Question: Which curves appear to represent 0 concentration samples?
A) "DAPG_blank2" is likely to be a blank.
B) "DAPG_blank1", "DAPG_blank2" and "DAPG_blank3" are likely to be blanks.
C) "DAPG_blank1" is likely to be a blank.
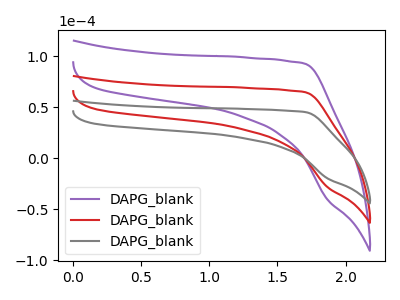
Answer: <think>The purple curve "DAPG_blank1" has no peaks. The red curve "DAPG_blank2" has no peaks. The gray curve "DAPG_blank3" has no peaks.</think>
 <answer>B) "DAPG_blank1", "DAPG_blank2" and "DAPG_blank3" are likely to be blanks.</answer>
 <eval>B</eval>